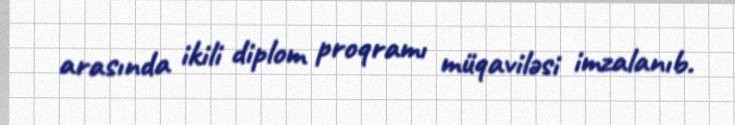
arasında ikili diplom proqramı müqaviləsi imzalanıb.